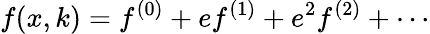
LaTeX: f(x,k)=f^{(0)}+ef^{(1)}+e^{2}f^{(2)}+\cdots